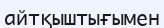
айтқыштығымен